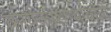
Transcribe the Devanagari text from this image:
कार्यकारणभावाची